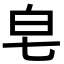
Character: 皂